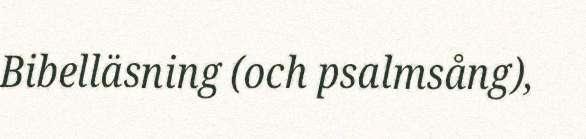
Bibelläsning (och psalmsång),